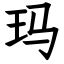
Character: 玛